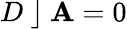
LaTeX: D~\rfloor~\mathbf{A}=0